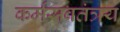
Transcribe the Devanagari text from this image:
कर्मसवतंत्रय